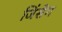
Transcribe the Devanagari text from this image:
जिंसेग